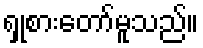
ရှုစားတော်မူသည်။